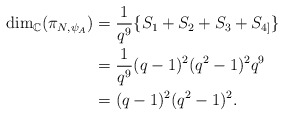
\begin{align*}\dim_{\mathbb{C}}(\pi_{N,\psi_{A}}) & = \frac{1}{q^{9}}\{S_{1} + S_{2} + S_{3}+S_{4]}\} \\&= \frac{1}{q^{9}}(q-1)^2(q^2-1)^2q^9\\&= (q-1)^{2}(q^2-1)^2.\end{align*}